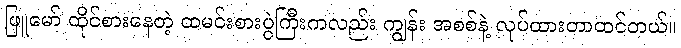
ဖြူမော် ထိုင်စားနေတဲ့ ထမင်းစားပွဲကြီးကလည်း ကျွန်း အစစ်နဲ့ လုပ်ထားတာထင်တယ်။